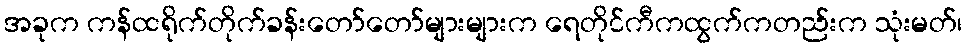
အခုက ကန်ထရိုက်တိုက်ခန်းတော်တော်များများက ရေတိုင်ကီကထွက်ကတည်းက သုံးမတ်၊